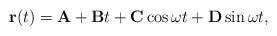
LaTeX: \begin{align*}{\bf r}(t)={\bf A}+{\bf B}t+{\bf C}\cos\omega t+{\bf D}\sin\omega t, \end{align*}